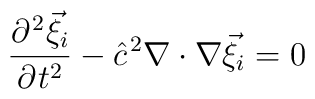
\frac{\partial^{{\kern 1pt}2}{\vec \xi}_i}{\partial{\kern 1pt}t^2} - {\hat c}^{{\kern 1pt}2}\nabla\cdot \nabla {\vec \xi}_i = 0